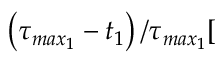
\left( \tau _ { m a x _ { 1 } } - t _ { 1 } \right) / \tau _ { m a x _ { 1 } } [ \